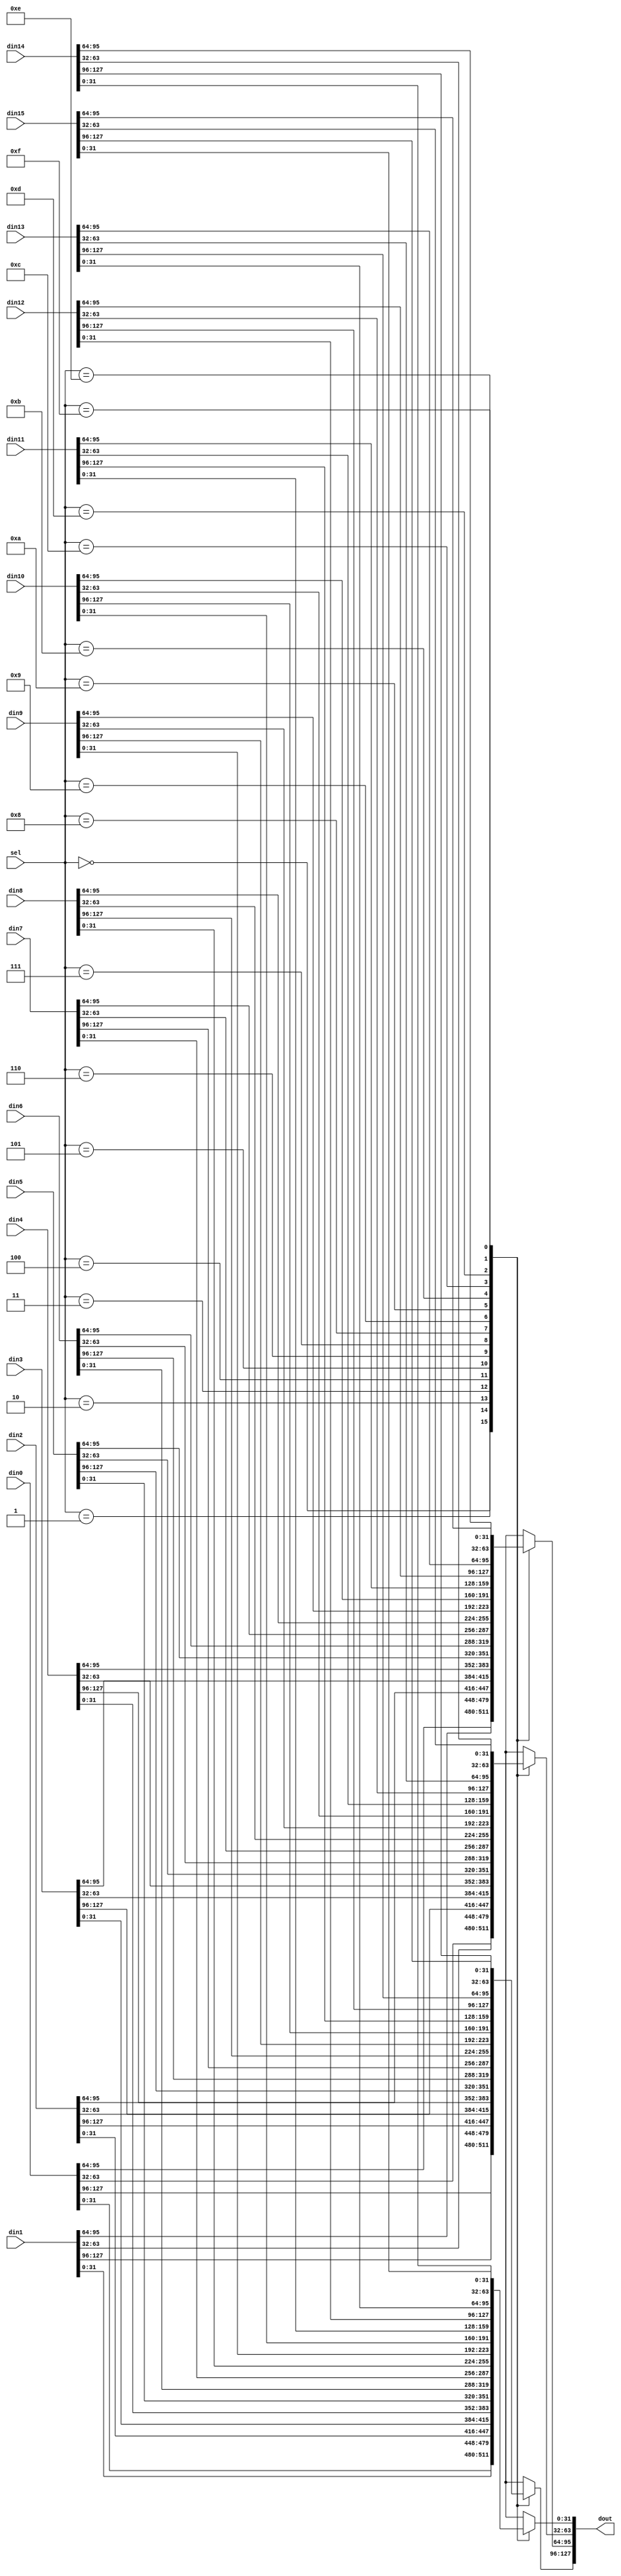
module mux_16to1_ab_match_result(
	din0,
	din1,
	din2,
	din3,
	din4,
	din5, 
	din6,
	din7,
	din8,
	din9,
	din10,
	din11,
	din12,
	din13,
	din14,
	din15,
	sel,
	dout
);


input 	[127:0]		din0;
input 	[127:0]		din1;
input 	[127:0]		din2;
input 	[127:0]		din3;
input 	[127:0]		din4;
input 	[127:0]		din5;
input 	[127:0]		din6;
input 	[127:0]		din7;
input 	[127:0]		din8;
input 	[127:0]		din9;
input 	[127:0]		din10;
input 	[127:0]		din11;
input 	[127:0]		din12;
input 	[127:0]		din13;
input 	[127:0]		din14;
input 	[127:0]		din15;


input	[3:0]		sel;

output	[127:0]		dout;

reg		[31:0]		reg_dout_0;
reg		[31:0]		reg_dout_1;
reg		[31:0]		reg_dout_2;
reg		[31:0]		reg_dout_3;


always @(*)
	begin
		case(sel)
			4'd0:
			begin
				reg_dout_0 = din0[31:0];
			end

			4'd1:
			begin
				reg_dout_0 = din1[31:0];
			end

			4'd2:
			begin
				reg_dout_0 = din2[31:0];
			end

			4'd3:
			begin
				reg_dout_0 = din3[31:0];
			end

			4'd4:
			begin
				reg_dout_0 = din4[31:0];
			end

			4'd5:
			begin
				reg_dout_0 = din5[31:0];
			end

			4'd6:
			begin
				reg_dout_0 = din6[31:0];
			end

			4'd7:
			begin
				reg_dout_0 = din7[31:0];
			end

			4'd8:
			begin
				reg_dout_0 = din8[31:0];
			end

			4'd9:
			begin
				reg_dout_0 = din9[31:0];
			end

			4'd10:
			begin
				reg_dout_0 = din10[31:0];
			end

			4'd11:
			begin
				reg_dout_0 = din11[31:0];
			end

			4'd12:
			begin
				reg_dout_0 = din12[31:0];
			end

			4'd13:
			begin
				reg_dout_0 = din13[31:0];
			end

			4'd14:
			begin
				reg_dout_0 = din14[31:0];
			end

			4'd15:
			begin
				reg_dout_0 = din15[31:0];
			end

			default:
			begin
			 	reg_dout_0 = din0[31:0];
			 end
		endcase
	end

always @(*)
	begin
		case(sel)
			4'd0:
			begin
				reg_dout_1 = din0[63:32];
			end

			4'd1:
			begin
				reg_dout_1 = din1[63:32];
			end

			4'd2:
			begin
				reg_dout_1 = din2[63:32];
			end

			4'd3:
			begin
				reg_dout_1 = din3[63:32];
			end

			4'd4:
			begin
				reg_dout_1 = din4[63:32];
			end

			4'd5:
			begin
				reg_dout_1 = din5[63:32];
			end

			4'd6:
			begin
				reg_dout_1 = din6[63:32];
			end

			4'd7:
			begin
				reg_dout_1 = din7[63:32];
			end

			4'd8:
			begin
				reg_dout_1 = din8[63:32];
			end

			4'd9:
			begin
				reg_dout_1 = din9[63:32];
			end

			4'd10:
			begin
				reg_dout_1 = din10[63:32];
			end

			4'd11:
			begin
				reg_dout_1 = din11[63:32];
			end

			4'd12:
			begin
				reg_dout_1 = din12[63:32];
			end

			4'd13:
			begin
				reg_dout_1 = din13[63:32];
			end

			4'd14:
			begin
				reg_dout_1 = din14[63:32];
			end

			4'd15:
			begin
				reg_dout_1 = din15[63:32];
			end

			default:
			begin
			 	reg_dout_1 = din0[63:32];
			 end
		endcase
	end

always @(*)
	begin
		case(sel)
			4'd0:
			begin
				reg_dout_2 = din0[95:64];
			end

			4'd1:
			begin
				reg_dout_2 = din1[95:64];
			end

			4'd2:
			begin
				reg_dout_2 = din2[95:64];
			end

			4'd3:
			begin
				reg_dout_2 = din3[95:64];
			end

			4'd4:
			begin
				reg_dout_2 = din4[95:64];
			end

			4'd5:
			begin
				reg_dout_2 = din5[95:64];
			end

			4'd6:
			begin
				reg_dout_2 = din6[95:64];
			end

			4'd7:
			begin
				reg_dout_2 = din7[95:64];
			end

			4'd8:
			begin
				reg_dout_2 = din8[95:64];
			end

			4'd9:
			begin
				reg_dout_2 = din9[95:64];
			end

			4'd10:
			begin
				reg_dout_2 = din10[95:64];
			end

			4'd11:
			begin
				reg_dout_2 = din11[95:64];
			end

			4'd12:
			begin
				reg_dout_2 = din12[95:64];
			end

			4'd13:
			begin
				reg_dout_2 = din13[95:64];
			end

			4'd14:
			begin
				reg_dout_2 = din14[95:64];
			end

			4'd15:
			begin
				reg_dout_2 = din15[95:64];
			end

			default:
			begin
			 	reg_dout_2 = din0[95:64];
			 end
		endcase
	end

always @(*)
	begin
		case(sel)
			4'd0:
			begin
				reg_dout_3 = din0[127:96];
			end

			4'd1:
			begin
				reg_dout_3 = din1[127:96];
			end

			4'd2:
			begin
				reg_dout_3 = din2[127:96];
			end

			4'd3:
			begin
				reg_dout_3 = din3[127:96];
			end

			4'd4:
			begin
				reg_dout_3 = din4[127:96];
			end

			4'd5:
			begin
				reg_dout_3 = din5[127:96];
			end

			4'd6:
			begin
				reg_dout_3 = din6[127:96];
			end

			4'd7:
			begin
				reg_dout_3 = din7[127:96];
			end

			4'd8:
			begin
				reg_dout_3 = din8[127:96];
			end

			4'd9:
			begin
				reg_dout_3 = din9[127:96];
			end

			4'd10:
			begin
				reg_dout_3 = din10[127:96];
			end

			4'd11:
			begin
				reg_dout_3 = din11[127:96];
			end

			4'd12:
			begin
				reg_dout_3 = din12[127:96];
			end

			4'd13:
			begin
				reg_dout_3 = din13[127:96];
			end

			4'd14:
			begin
				reg_dout_3 = din14[127:96];
			end

			4'd15:
			begin
				reg_dout_3 = din15[127:96];
			end

			default:
			begin
			 	reg_dout_3 = din0[127:96];
			 end
		endcase
	end


assign dout = {reg_dout_3, reg_dout_2, reg_dout_1, reg_dout_0};

endmodule